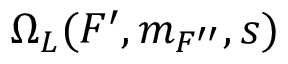
\Omega _ { L } ( F ^ { \prime } , m _ { F ^ { \prime \prime } } , s )